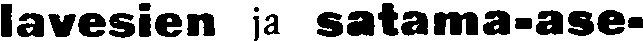
lavesien ja satama-ase-